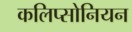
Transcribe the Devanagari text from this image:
कलिप्सोनियन